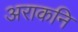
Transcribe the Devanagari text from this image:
अराकनि